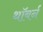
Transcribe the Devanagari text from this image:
थॉबर्न